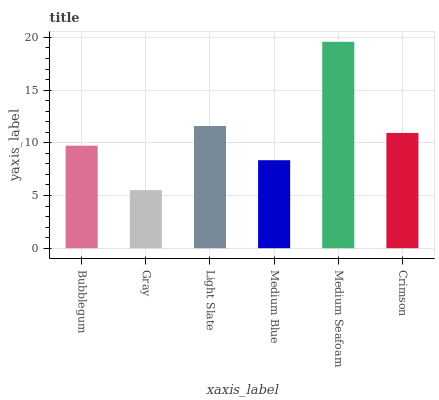
| xaxis_label | bars |
 | --- | --- |
 | Bubblegum | 9.72 |
 | Gray | 5.51 |
 | Light Slate | 11.6 |
 | Medium Blue | 8.35 |
 | Medium Seafoam | 19.6 |
 | Crimson | 10.9 |